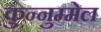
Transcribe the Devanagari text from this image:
कुन्नुम्मेल